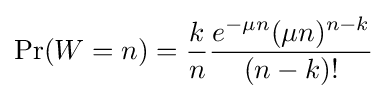
\Pr(W=n)={\frac {k}{n}}{\frac {e^{-\mu n}(\mu n)^{n-k}}{(n-k)!}}